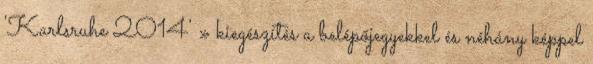
'Karlsruhe 2014' » kiegészítés a belépőjegyekkel és néhány képpel